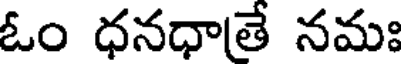
ఓం ధనధాతే నమః